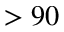
> 9 0